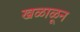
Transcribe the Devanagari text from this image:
खळाळून